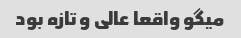
میگو واقعا عالی و تازه بود